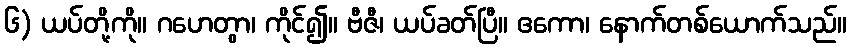
၆) ယပ်တို့ကို။ ဂဟေတွာ၊ ကိုင်၍။ ဗီဇီ၊ ယပ်ခတ်ပြီ။ ဧကော၊ နောက်တစ်ယောက်သည်။